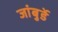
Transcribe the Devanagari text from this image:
जांबुर्डे